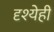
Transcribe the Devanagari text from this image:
दृश्येही